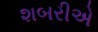
શબરીએ